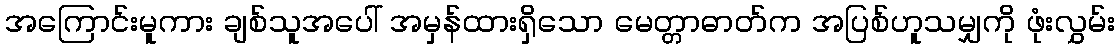
အကြောင်းမူကား ချစ်သူအပေါ် အမှန်ထားရှိသော မေတ္တာဓာတ်က အပြစ်ဟူသမျှကို ဖုံးလွှမ်း